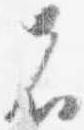
者